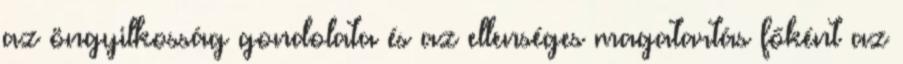
az öngyilkosság gondolata és az ellenséges magatartás főként az